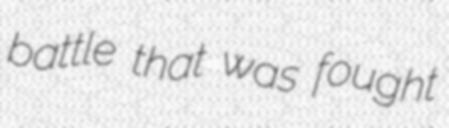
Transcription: battle that was fought